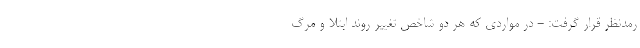
رمدنظر قرار گرفت: - در مواردی که هر دو شاخص تغییر روند ابتلا و مرگ